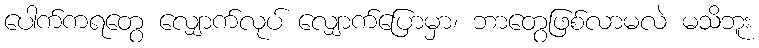
ပေါက်ကရတွေ လျှောက်လုပ် လျှောက်ပြောမှာ၊ ဘာတွေဖြစ်လာမလဲ မသိဘူး